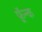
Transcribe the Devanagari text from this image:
फ़्रॅन्क